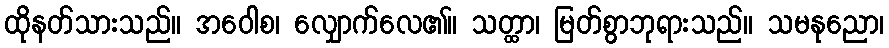
ထိုနတ်သားသည်။ အဝေါစ၊ လျှောက်လေ၏။ သတ္ထာ၊ မြတ်စွာဘုရားသည်။ သမနုညော၊